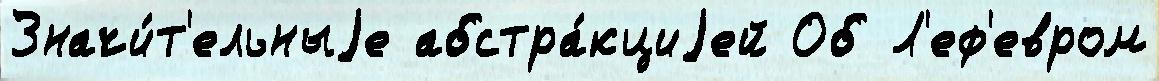
Значи́т'ельныjе абстра́кциjей Об Л'еф'евром